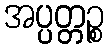
အပ္ပတ္တဉ္စ